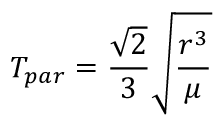
T _ { p a r } = { \frac { \sqrt { 2 } } { 3 } } { \sqrt { \frac { r ^ { 3 } } { \mu } } }